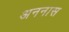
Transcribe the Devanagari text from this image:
अननास